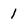
Character: 1